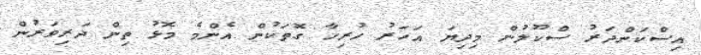
އިސްކަންދަރު ސްކޫލުން މިދިޔަ އަހަރު ހުރިހާ ގޮތަކުން އެންމެ މޮޅު ތިން ދަރިވަރުން